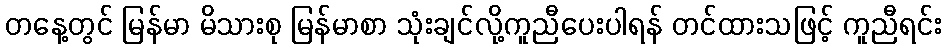
တနေ့တွင် မြန်မာ မိသားစု မြန်မာစာ သုံးချင်လို့ကူညီပေးပါရန် တင်ထားသဖြင့် ကူညီရင်း